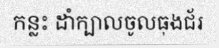
កន្លះ ដាំក្បាលចូលធុងជ័រ